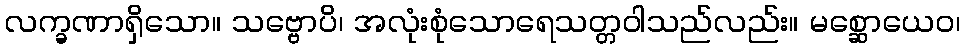
လက္ခဏာရှိသော။ သဗ္ဗောပိ၊ အလုံးစုံသောရေသတ္တဝါသည်လည်း။ မစ္ဆောယေဝ၊